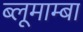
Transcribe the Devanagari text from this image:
ब्लूमाम्बा